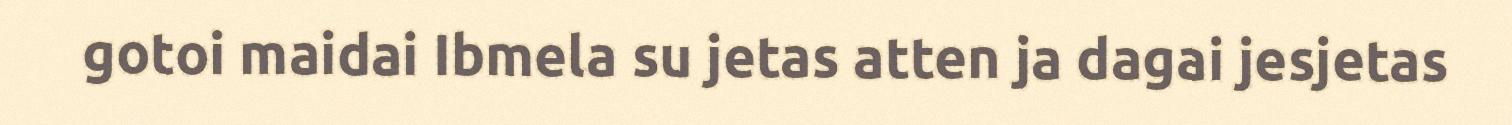
gotoi maidai Ibmela su jetas atten ja dagai jesjetas